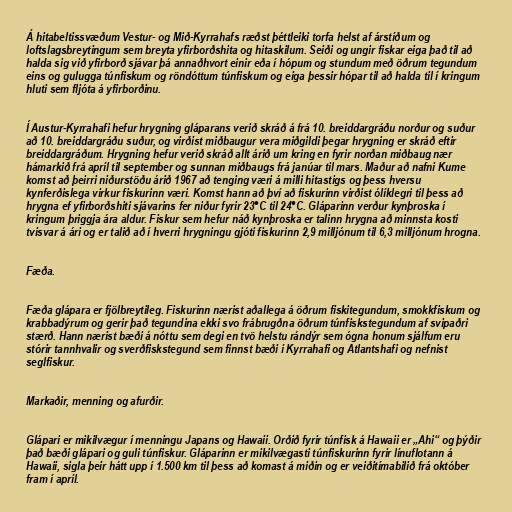
Á hitabeltissvæðum Vestur- og Mið-Kyrrahafs ræðst þéttleiki torfa helst af árstíðum og
loftslagsbreytingum sem breyta yfirborðshita og hitaskilum. Seiði og ungir fiskar eiga það til að
halda sig við yfirborð sjávar þá annaðhvort einir eða í hópum og stundum með öðrum tegundum
eins og gulugga túnfiskum og röndóttum túnfiskum og eiga þessir hópar til að halda til í kringum
hluti sem fljóta á yfirborðinu.

Í Austur-Kyrrahafi hefur hrygning gláparans verið skráð á frá 10. breiddargráðu norður og suður
að 10. breiddargráðu suður, og virðist miðbaugur vera miðgildi þegar hrygning er skráð eftir
breiddargráðum. Hrygning hefur verið skráð allt árið um kring en fyrir norðan miðbaug nær
hámarkið frá apríl til september og sunnan miðbaugs frá janúar til mars. Maður að nafni Kume
komst að þeirri niðurstöðu árið 1967 að tenging væri á milli hitastigs og þess hversu
kynferðislega virkur fiskurinn væri. Komst hann að því að fiskurinn virðist ólíklegri til þess að
hrygna ef yfirborðshiti sjávarins fer niður fyrir 23°C til 24°C. Gláparinn verður kynþroska í
kringum þriggja ára aldur. Fiskur sem hefur náð kynþroska er talinn hrygna að minnsta kosti
tvisvar á ári og er talið að í hverri hrygningu gjóti fiskurinn 2,9 milljónum til 6,3 milljónum hrogna.

Fæða.

Fæða glápara er fjölbreytileg. Fiskurinn nærist aðallega á öðrum fiskitegundum, smokkfiskum og
krabbadýrum og gerir það tegundina ekki svo frábrugðna öðrum túnfiskstegundum af svipaðri
stærð. Hann nærist bæði á nóttu sem degi en tvö helstu rándýr sem ógna honum sjálfum eru
stórir tannhvalir og sverðfiskstegund sem finnst bæði í Kyrrahafi og Atlantshafi og nefnist
seglfiskur.

Markaðir, menning og afurðir.

Glápari er mikilvægur í menningu Japans og Hawaii. Orðið fyrir túnfisk á Hawaii er „Ahi“ og þýðir
það bæði glápari og guli túnfiskur. Gláparinn er mikilvægasti túnfiskurinn fyrir línuflotann á
Hawaii, sigla þeir hátt upp í 1.500 km til þess að komast á miðin og er veiðitímabilið frá október
fram í apríl.